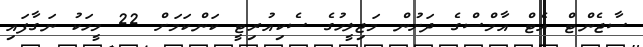
ސާޖެންޓް އެޓް އާމްސްގެ ދަށުން މަޖިލީހުގެ ސެކިއުރިޓީ ކަންކަމަށް 22 މީހަކު ނަގާފައި